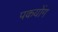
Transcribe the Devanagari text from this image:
पकयोंग